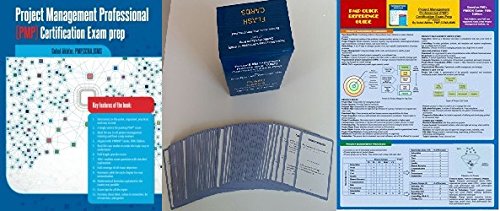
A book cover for All-in-one PMP Exam Prep Kit: PMP Book, 8 pages Quick Reference Guide, and 340 Flashcards Based on Pmbok - 5th Edition; Sohel Akhter; Test Preparation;